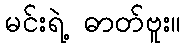
မင်းရဲ့ ဓာတ်ဗူး။